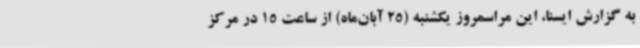
به گزارش ایسنا، این مراسمروز یکشنبه (25 آبان‌ماه) از ساعت 15 در مرکز